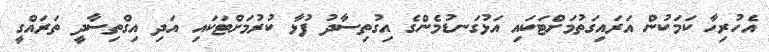
އެހުރިހާ ކަމަކުން އަރައިގަތުމަށްޓަކައި އަޅުގަނޑުމެންގެ އިގުތިސާދު ފުޅާ ކުރުމަށްޓަކައި އަދި އިގްތިސާދީ ތަރައްގީ